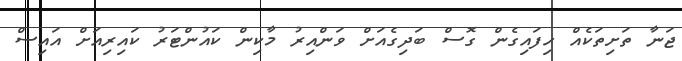
ޖަނާ ތަށިތަކެއް ހިފައިގެން ގޮސް ބަދިގެއަށް ވަންއިރު މާކިން ކައުންޓަރު ކައިރިއަށް އައިސް